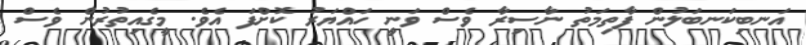
އަނބިކަނބަލުން ފާތިމަތު ނާސިރާ ވެސް ވަނީ ހައްޔަރު ކޮށްފަ އެވެ. މީގެއިތުރުން ވެސް